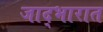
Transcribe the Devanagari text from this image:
जाद्भारात